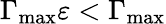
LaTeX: \Gamma_{\mathrm{max}}\varepsilon<\Gamma_{\mathrm{max}}